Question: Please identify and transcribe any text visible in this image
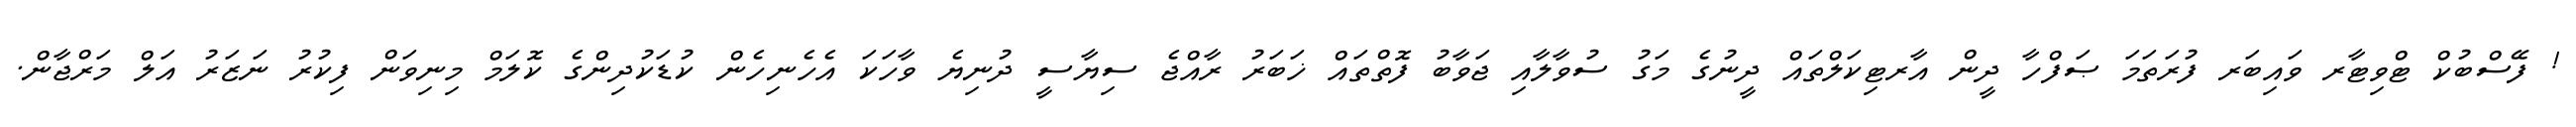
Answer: ! ފޭސްބުކް ޓްވިޓާރ ވައިބަރ ފުރަތަމަ ޞަފްހާ ދީން އާރޓިކަލްތައް ދީނުގެ މަގު ސުވާލާއި ޖަވާބު ފޮތްތައް ޚަބަރު ރާއްޖެ ސިޔާސީ ދުނިޔެ ވާހަކަ އެހެނިހެން ކުޑަކުދިންގެ ކޮލަމް މިނިވަން ފިކުރު ނަޒަރު އަލް މަރްޖާން.